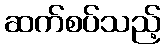
ဆက်စပ်သည့်